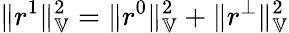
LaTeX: \| r^{1}\| _{\mathbb{V}}^{2}=\| r^{0}\| _{\mathbb{V}}^{2}+\| r^{\perp}\| _{\mathbb{V}}^{2}